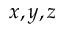
x , y , z